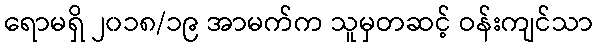
ရောမရှိ ၂၀၁၈/၁၉ အာမက်က သူမှတဆင့် ဝန်းကျင်သာ